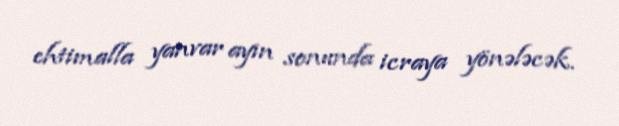
ehtimalla yanvar ayın sonunda icraya yönələcək.